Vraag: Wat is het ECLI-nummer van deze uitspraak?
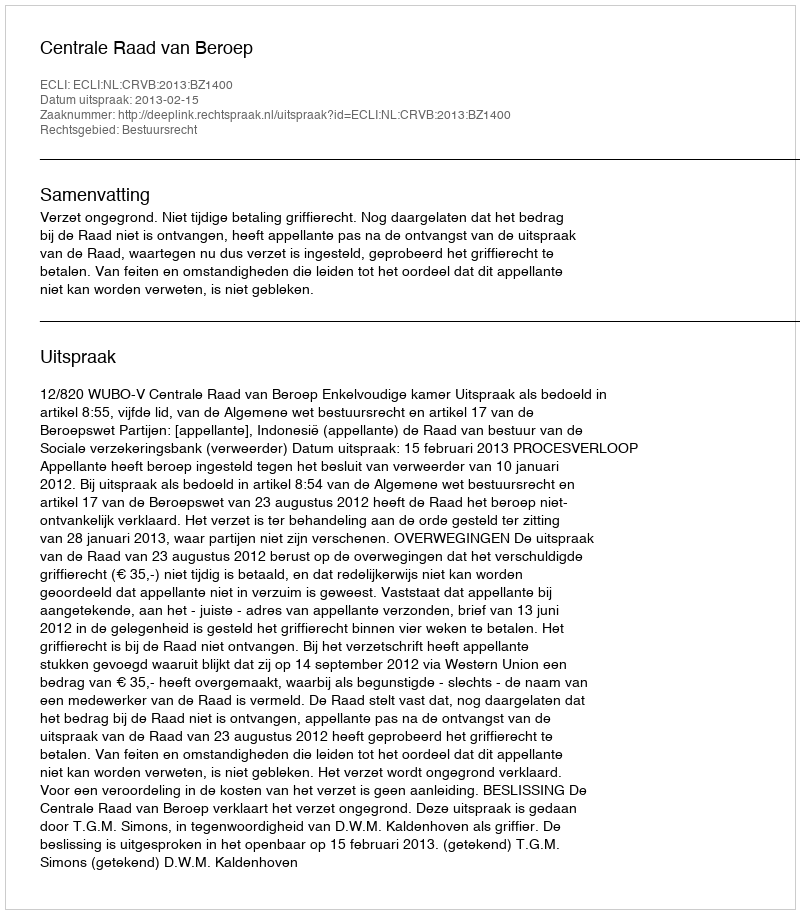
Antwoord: ECLI:NL:CRVB:2013:BZ1400